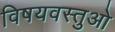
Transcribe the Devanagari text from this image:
विषयवस्तुओ